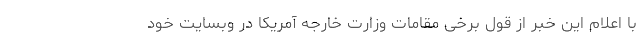
با اعلام این خبر از قول برخی مقامات وزارت خارجه آمریکا در وبسایت خود